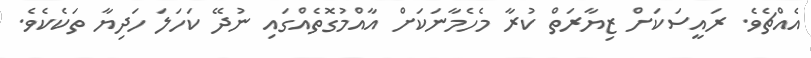
އެއްޗެވެ. ރައީސަކަށް ޒިޔާރަތް ކުރާ މެހެމާނަކަށް އާއްމުގޮތެއްގައި ނުދޭ ކަހަލަ ހަދިޔާ ތަކެކެވެ.